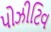
પોઝીટિવ